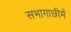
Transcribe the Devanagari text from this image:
सभागाछीमें